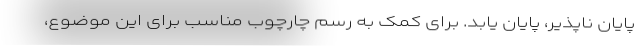
پایان ناپذیر، پایان یابد. برای کمک به رسم چارچوب مناسب برای این موضوع،